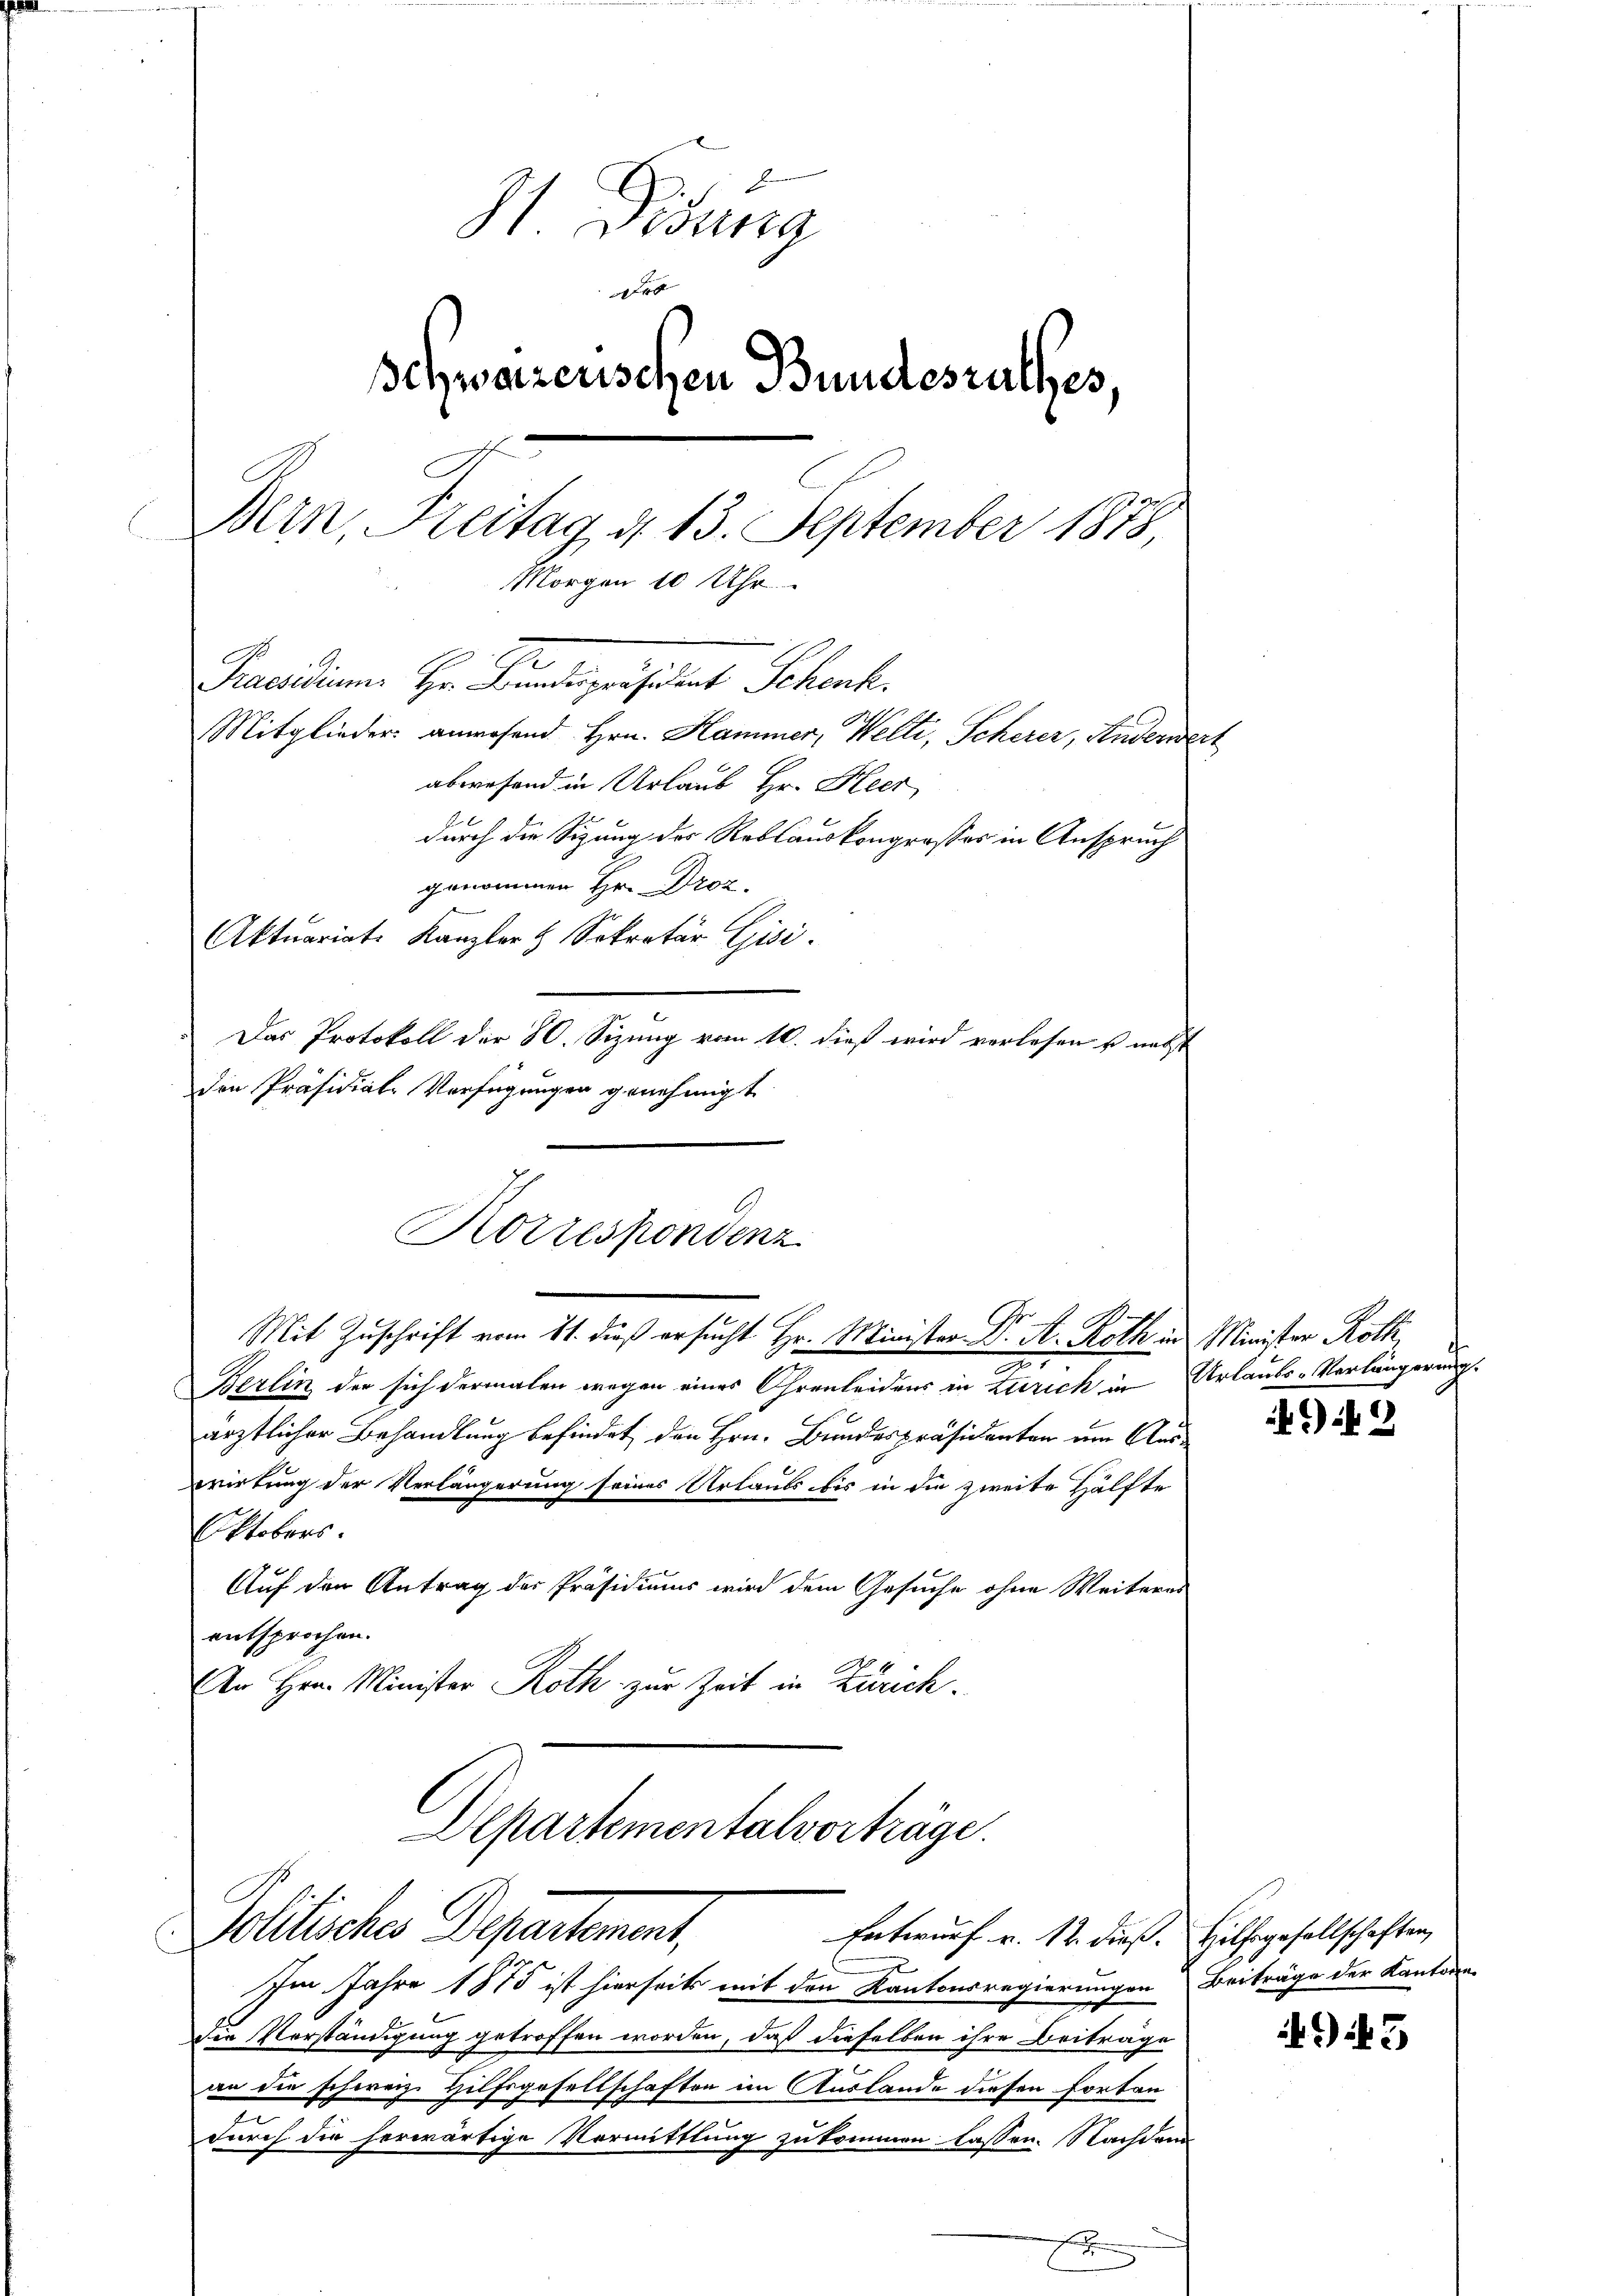
Didung
h
schwarzerischen Bundesrathes,
Bern, Freitag, d. 13. September 1878,
Morgen 10 Uhr
Pacidium. Hr. Kundespräsident Schen.
Mitglieder anwesend Hrn. Hammer, Welti, Scherer, Anderwert
abwesend in Urlaub Hr. Heer
durch die Sitzung der Reblauskongrosses in Anspruch
genommen Hr. Droz.
Aktuariat Kanzler & Sekretär Gisi
Das Protokoll der 80. Sizung vom 10. dieß wird verlesen u. nebst
den Präsidial-Verfügungen genehmigt

Korrespondenz

Berlin der sich dermalen wegen eines Ohrenleidens in Zürich in Urlaubs-Verlängerung.
ärztlicher Behandlung befindet den Hrn. Bundespräsidenten um Ausirkung der Verlängerung seines Urlaubs bis in die zweite Hälfte
Oktobers.
Auf den Antrag der Präsidiums wird dem Gesuche ohne Weiteres
entsprochen.
n Hrn. Minister Roth zur Zeit in Zürich.

e
Im Jahre 1875 ist hierseits mit den Kantonsregierungen Beiträge der Kantonen-
Die Vorständigung getroffen worden, daß dieselben ihre Beiträge
an die schweiz. Hilfsgesellschaften im Auslande diesen Fortan
durch die herwärtige Vormittlung zukommen lassen. Nachdem

Mit Zuschrift vom 11. dieß ersucht Hr. Minister Dr A. Roth in Minister Roth

Alpartementalvorträge.
Polliche Depentement,
Entwurf v. 12. dieß. Hilfsgesellschaften,

e

2

945